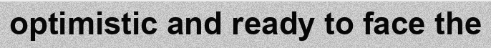
optimistic and ready to face the